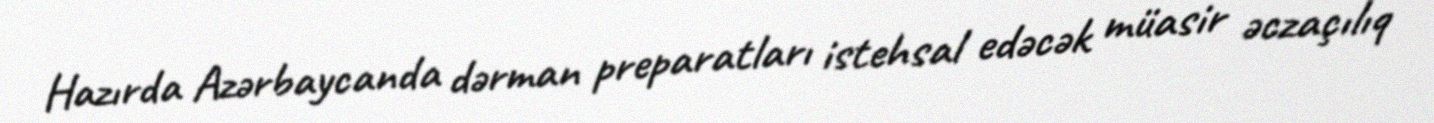
Hazırda Azərbaycanda dərman preparatları istehsal edəcək müasir əczaçılıq